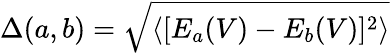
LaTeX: \Delta(a,b)=\sqrt{\langle[E_{a}(V)-E_{b}(V)]^{2}\rangle}